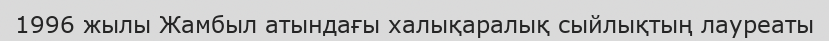
1996 жылы Жамбыл атындағы халықаралық сыйлықтың лауреаты